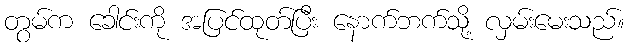
တွမ်က ခေါင်းကို အပြင်ထုတ်ပြီး နောက်ဘက်သို့ လှမ်းမေးသည်။